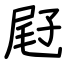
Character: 屘